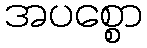
အပစ္စော